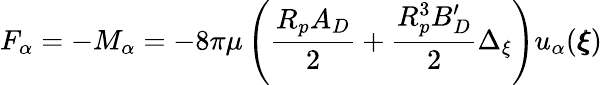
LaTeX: F_{\alpha}=-M_{\alpha}=-8\pi\mu\left(\frac{R_{p}A_{D}}{2}+\frac{R_{p}^{3}B_{D}^{\prime}}{2}\Delta_{\xi}\right)u_{\alpha}({\pmb\xi})